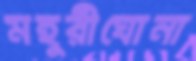
মহুরীঘোনা